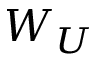
W _ { U }